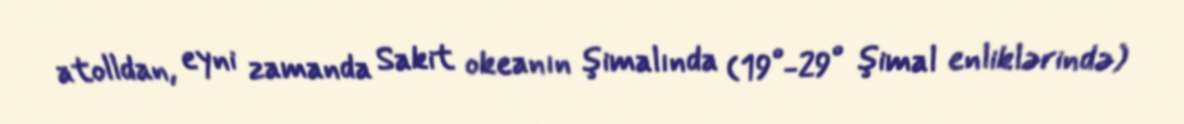
atolldan, eyni zamanda Sakit okeanın şimalında (19°-29° şimal enliklərində)